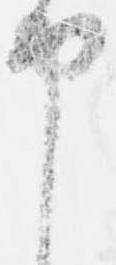
申